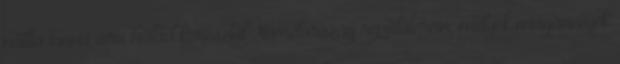
millió tonna áru halad keresztül Németország repülőterein, melyek magáncégek